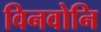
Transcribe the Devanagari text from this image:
विनवोनि